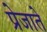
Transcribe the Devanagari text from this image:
प्रेजाते